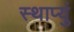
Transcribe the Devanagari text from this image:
स्थाप्युं